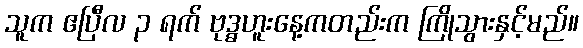
သူက ဧပြီလ ၃ ရက် ဗုဒ္ဓဟူးနေ့ကတည်းက ကြိုသွားနှင့်မည်။